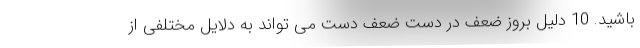
باشید. 10 دلیل بروز ضعف در دست‌ ضعف دست می تواند به دلایل مختلفی از